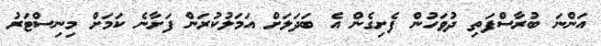
އަންނަ ބުރާސްފަތި ދުވަހުން ފެށިގެން އެ ބަދަލަށް އަމަލުކުރަން ފަށާނެ ކަމަށް މިނިސްޓަރު